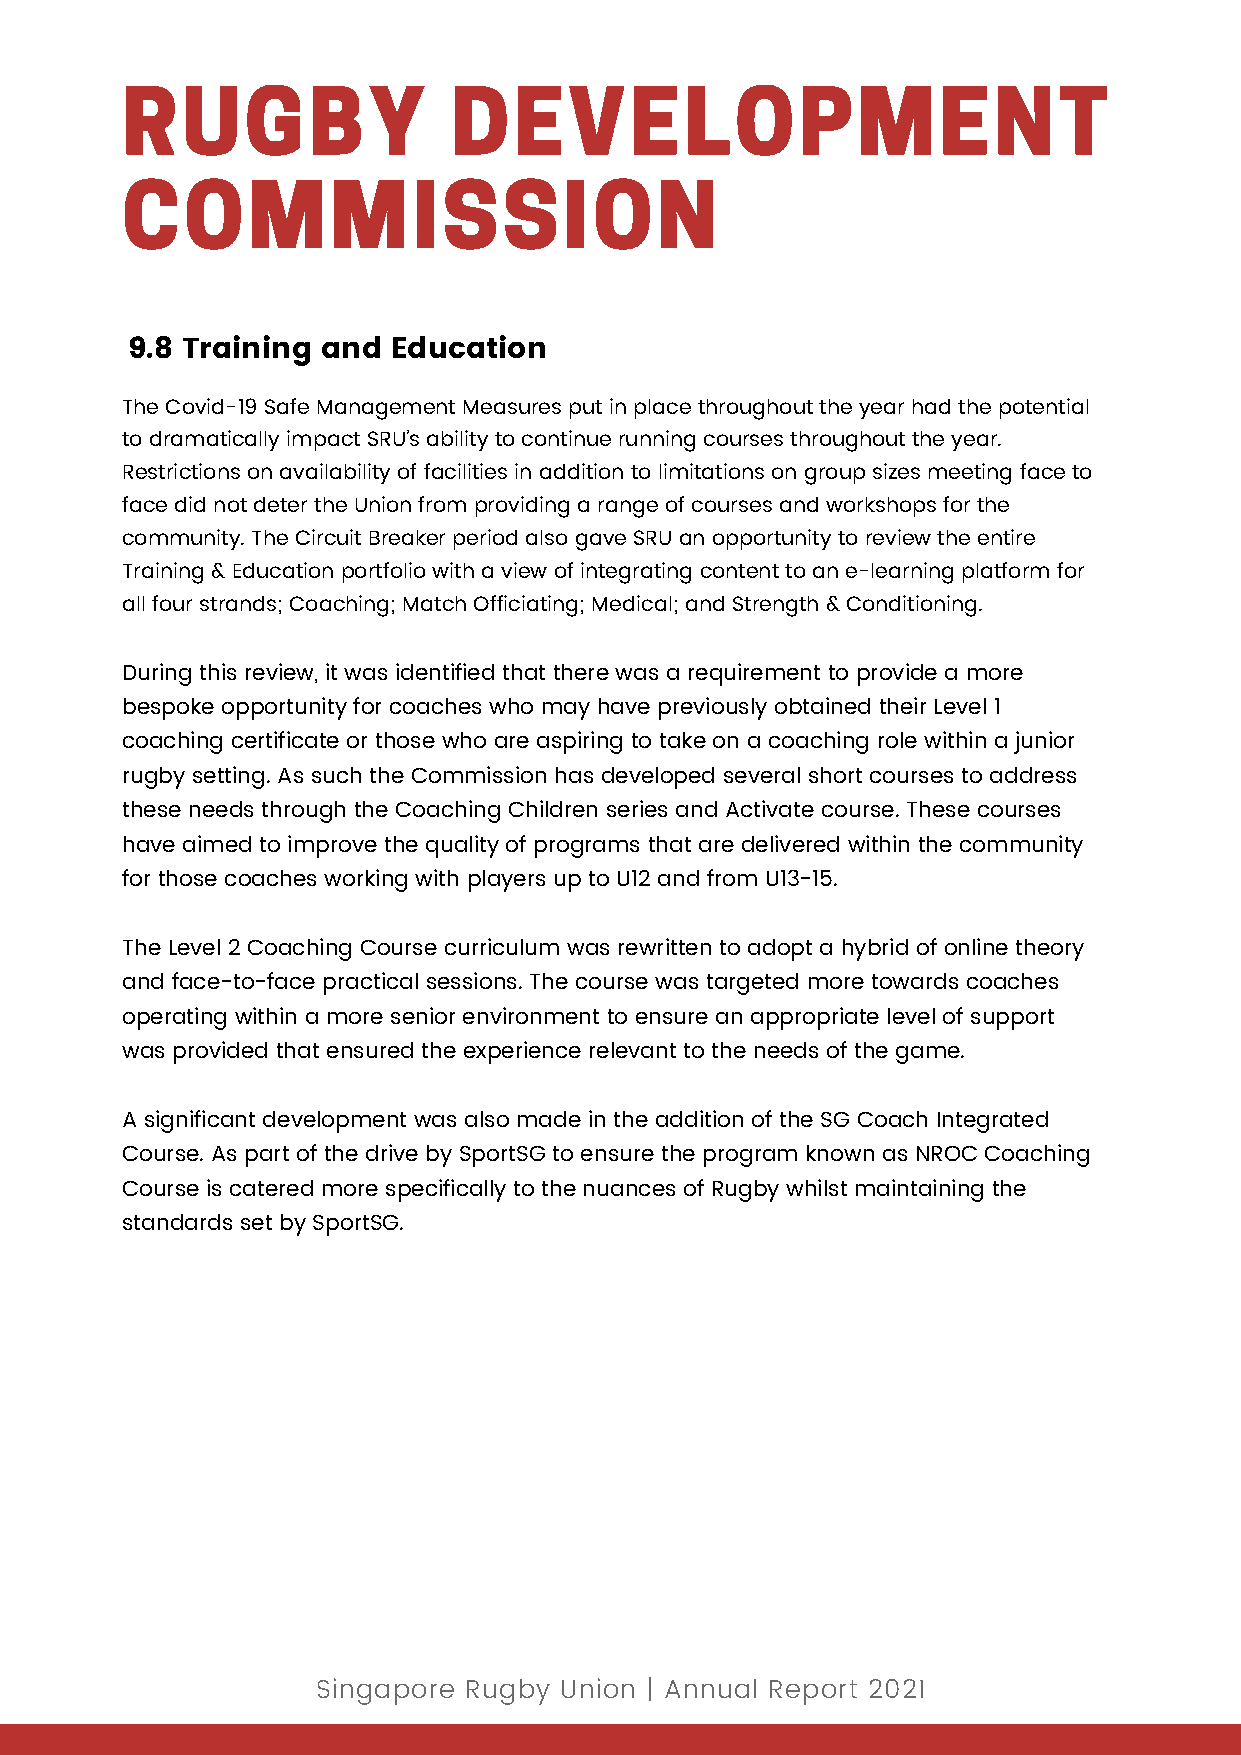
RUGBY                 DEVELOPMENT
 COMMISSION
 9.8 Training and  Education
 The Covid-19 Safe Management Measures put in place throughout the year had the potential
 to dramatically impact SRU’s ability to continue running courses throughout the year.
 Restrictions on availability of facilities in addition to limitations on group sizes meeting face to
 face did not deter the Union from providing a range of courses and workshops for the
 community. The Circuit Breaker period also gave SRU an opportunity to review the entire
 Training & Education portfolio with a view of integrating content to an e-learning platform for
 all four strands; Coaching; Match Officiating; Medical; and Strength & Conditioning.
 During this review, it was identified that there was a requirement to provide a more
 bespoke opportunity for coaches who may have previously obtained their Level 1
 coaching certificate or those who are aspiring to take on a coaching role within a junior
 rugby setting. As such the Commission has developed several short courses to address
 these needs through the Coaching Children series and Activate course. These courses
 have aimed to improve the quality of programs that are delivered within the community
 for those coaches working with players up to U12 and from U13-15.
 The Level 2 Coaching Course curriculum was rewritten to adopt a hybrid of online theory
 and face-to-face practical sessions. The course was targeted more towards coaches
 operating within a more senior environment to ensure an appropriate level of support
 was provided that ensured the experience relevant to the needs of the game.
 A significant development was also made in the addition of the SG Coach Integrated
 Course. As part of the drive by SportSG to ensure the program known as NROC Coaching
 Course is catered more specifically to the nuances of Rugby whilst maintaining the
 standards set by SportSG.
 Singapore Rugby Union | Annual Report 2021